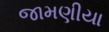
જામણીયા